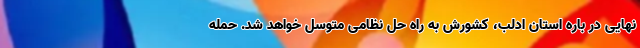
نهایی در باره استان ادلب، کشورش به راه حل نظامی متوسل خواهد شد. حمله